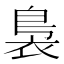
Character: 裊